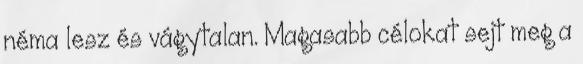
néma lesz és vágytalan. Magasabb célokat sejt meg a